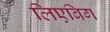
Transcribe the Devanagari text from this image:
लिएबिग